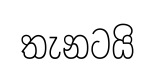
තැනටයි